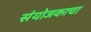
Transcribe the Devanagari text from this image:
संयोजकाचा